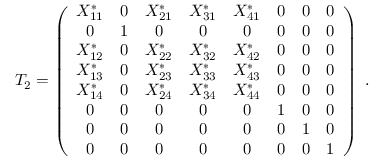
T _ { 2 } = \left( \begin{array} { c c c c c c c c } { { X _ { 1 1 } ^ { * } } } & { { 0 } } & { { X _ { 2 1 } ^ { * } } } & { { X _ { 3 1 } ^ { * } } } & { { X _ { 4 1 } ^ { * } } } & { { 0 } } & { { 0 } } & { { 0 } } \\ { { 0 } } & { { 1 } } & { { 0 } } & { { 0 } } & { { 0 } } & { { 0 } } & { { 0 } } & { { 0 } } \\ { { X _ { 1 2 } ^ { * } } } & { { 0 } } & { { X _ { 2 2 } ^ { * } } } & { { X _ { 3 2 } ^ { * } } } & { { X _ { 4 2 } ^ { * } } } & { { 0 } } & { { 0 } } & { { 0 } } \\ { { X _ { 1 3 } ^ { * } } } & { { 0 } } & { { X _ { 2 3 } ^ { * } } } & { { X _ { 3 3 } ^ { * } } } & { { X _ { 4 3 } ^ { * } } } & { { 0 } } & { { 0 } } & { { 0 } } \\ { { X _ { 1 4 } ^ { * } } } & { { 0 } } & { { X _ { 2 4 } ^ { * } } } & { { X _ { 3 4 } ^ { * } } } & { { X _ { 4 4 } ^ { * } } } & { { 0 } } & { { 0 } } & { { 0 } } \\ { { 0 } } & { { 0 } } & { { 0 } } & { { 0 } } & { { 0 } } & { { 1 } } & { { 0 } } & { { 0 } } \\ { { 0 } } & { { 0 } } & { { 0 } } & { { 0 } } & { { 0 } } & { { 0 } } & { { 1 } } & { { 0 } } \\ { { 0 } } & { { 0 } } & { { 0 } } & { { 0 } } & { { 0 } } & { { 0 } } & { { 0 } } & { { 1 } } \end{array} \right) \; .